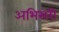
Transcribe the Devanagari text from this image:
अभिसरी